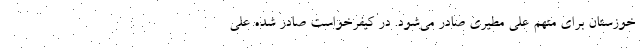
خوزستان برای متهم علی مطیری صادر می‌شود. در کیفرخواست صادر شده علی